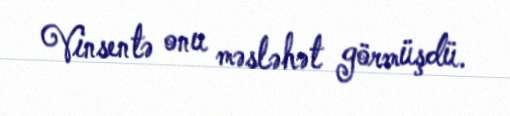
Vinsentə onu məsləhət görmüşdü.